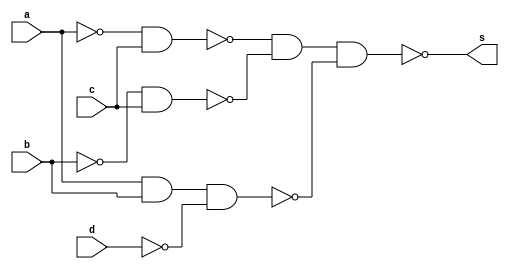
// --Pontificia Universidade Catolica de Minas Gerais
// -- Guia 08 - 30/09/2010
// -- Nome: Jonathan Felipe Xavier	Matricula: 415704

module simplificada (s, a, b, c ,d);
input a,b,c,d;
output s;
wire q0,q1,q2,q3,q4,q5;

nand NAND1 (q0,a,a);
nand NAND2 (q1,b,b);
nand NAND3 (q2,d,d);
nand NAND4 (q3,q0,c);
nand NAND5 (q4,q1,c);
nand NAND6 (q5,a,b,q2);
nand NAND7 (s,q3,q4,q5);
endmodule

module Teste ;
reg a,b,c,d;
wire s;
simplificada test  (s,a,b,c,d);
initial begin : start
a=0; b=0; c=0; d=0; 
end

initial begin: main
$display ("Nome: Jonathan Felipe Xavier 	Matricula:415704");
$display ("Circuito simplificado com NAND");
$display ("\n a | b | c | d | = | s |");
$monitor (" %b | %b | %b | %b | = | %2b |",a,b,c,d,s);
#1 a=0; b=0; c=0; d=1; 
#1 a=0; b=0; c=1; d=0;
#1 a=0; b=0; c=1; d=1;
#1 a=0; b=1; c=0; d=0; 
#1 a=0; b=1; c=0; d=1; 
#1 a=0; b=1; c=1; d=0;
#1 a=0; b=1; c=1; d=1;
#1 a=1; b=0; c=0; d=0; 
#1 a=1; b=0; c=0; d=1;
#1 a=1; b=0; c=1; d=0; 
#1 a=1; b=0; c=1; d=1;
#1 a=1; b=1; c=0; d=0; 
#1 a=1; b=1; c=0; d=1;
#1 a=1; b=1; c=1; d=0;
#1 a=1; b=1; c=1; d=1;
end
endmodule